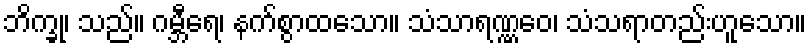
ဘိက္ခု၊ သည်။ ဂမ္ဘီရေ၊ နက်စွာထသော။ သံသာရဏ္ဏဝေ၊ သံသရာတည်းဟူသော။